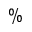
\%